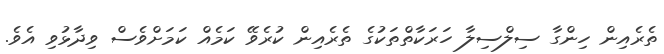
ތެރެއިން ހިންގާ ސިލްސިލާ ހަރަކާތްތަކުގެ ތެރެއިން ކުރެވޭ ކަމެއް ކަމަށްވެސް ވިދާޅުވި އެވެ.